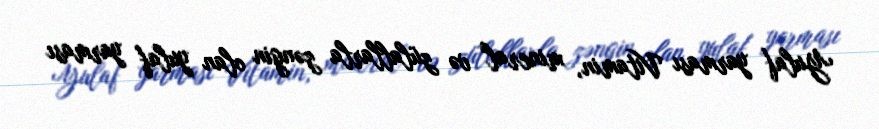
Yulaf yarması Vitamin, mineral və zülallarla zəngin olan yulaf yarması